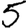
Digit: 5